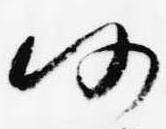
仍